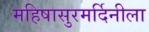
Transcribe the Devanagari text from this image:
महिषासुरमर्दिनीला